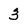
Character: 3